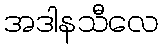
အဒါနသီလေ